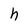
Character: h